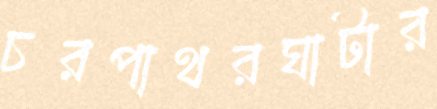
চরপাথরঘাটার